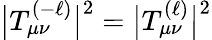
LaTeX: \big|T_{\mu\nu}^{(-\ell)}\big|^{2}=\big|T_{\mu\nu}^{(\ell)}\big|^{2}